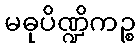
မဓုပိဏ္ဍိကဉ္စ